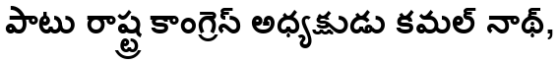
పాటు రాష్ట్ర కాంగ్రెస్ అధ్యక్షుడు కమల్ నాథ్,